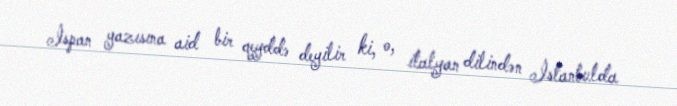
İspan yazısına aid bir qeyddə deyilir ki, o, italyan dilindən İstanbulda